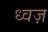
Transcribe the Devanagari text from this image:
ध्वज़